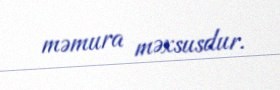
məmura məxsusdur.